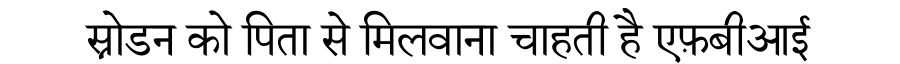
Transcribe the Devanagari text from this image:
स्नोडन को पिता से मिलवाना चाहती है एफ़बीआई